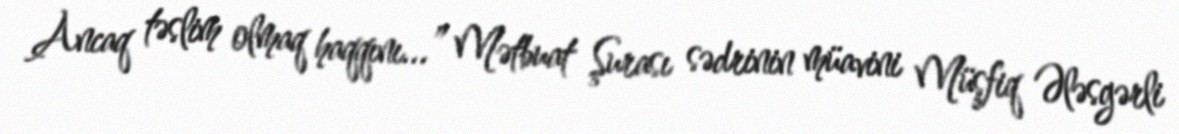
Ancaq təslim olmaq haqqını...” Mətbuat Şurası sədrinin müavini Müşfiq Ələsgərli